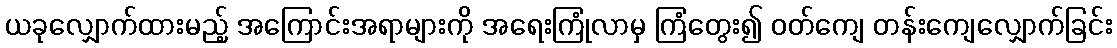
ယခုလျှောက်ထားမည့် အကြောင်းအရာများကို အရေးကြုံလာမှ ကြံတွေး၍ ဝတ်ကျေ တန်းကျေလျှောက်ခြင်း